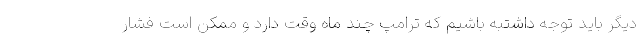
دیگر باید توجه داشتبه باشیم که ترامپ چند ماه وقت دارد و ممکن است فشار